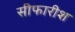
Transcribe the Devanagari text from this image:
सीफारीश